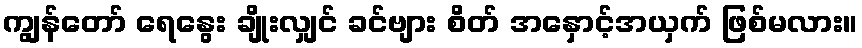
ကျွန်တော် ရေနွေး ချိုးလျှင် ခင်ဗျား စိတ် အနှောင့်အယှက် ဖြစ်မလား။